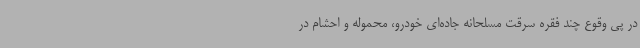
در پی وقوع چند فقره سرقت مسلحانه جاده‌ای خودرو، محموله و احشام در